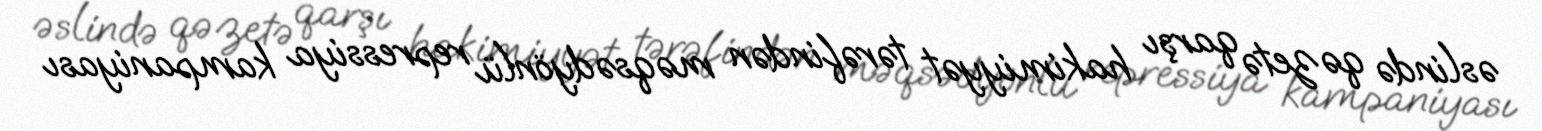
əslində qəzetə qarşı hakimiyyət tərəfindən məqsədyönlü repressiya kampaniyası